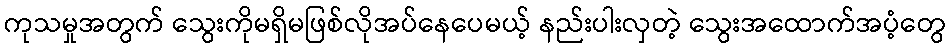
ကုသမှုအတွက် သွေးကိုမရှိမဖြစ်လိုအပ်နေပေမယ့် နည်းပါးလှတဲ့ သွေးအထောက်အပံ့တွေ